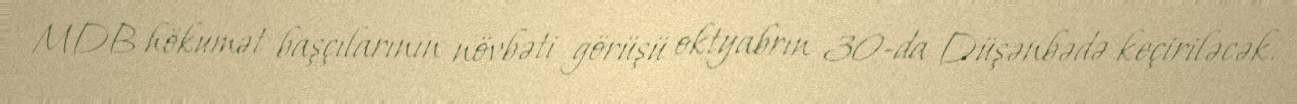
MDB hökumət başçılarının növbəti görüşü oktyabrın 30-da Düşənbədə keçiriləcək.